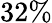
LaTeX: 32\%